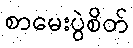
စာမေးပွဲစိတ်